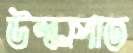
উল্কাপাত